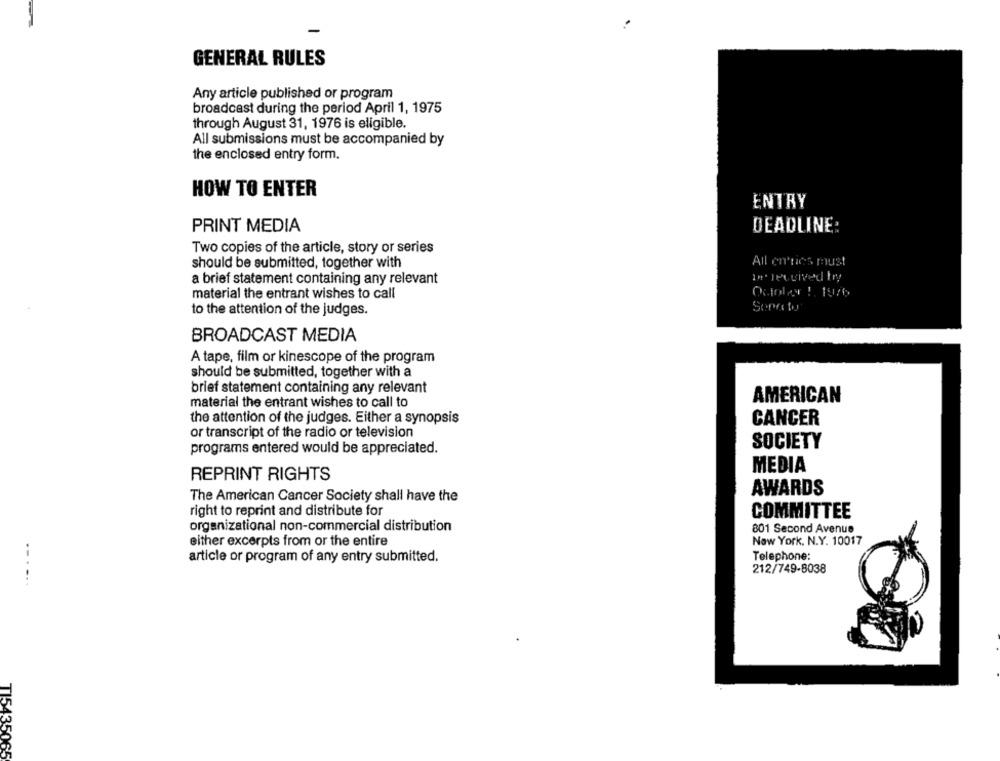
GENERAL RULES
Any article published or program
broadcast during the period April 1, 1975
through August 31, 1976 is eligible.
All submissions must be accompanied by
the enclosed entry form.
HOW TO ENTER
ENTRY
PRINT MEDIA
DEADLINE:
Two copies of the article, story or series
should be submitted, together with
All en'nes must
a brief statement containing any relevant
In revived try
material the entrant wishes to call
to the attention of the judges.
Sopotu
BROADCAST MEDIA
A tape, film or kinescope of the program
should be submitted, together with a
brief statement containing any relevant
material the entrant wishes to call to
AMERICAN
the attention of the judges. Either a synopsis
CANCER
or transcript of the radio or television
programs entered would be appreciated.
SOCIETY
MEDIA
REPRINT RIGHTS
AWARDS
The American Cancer Society shall have the
right to reprint and distribute for
COMMITTEE
organizational non-commercial distribution
801 Second Avenue
New York, N.Y. 10017
either excerpts from or the entire
Telephone:
article or program of any entry submitted.
212/749-8038
-. ...
TI